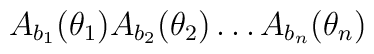
A_{b_1}(\theta_1)A_{b_2}(\theta_2)\dots A_{b_n}(\theta_n)